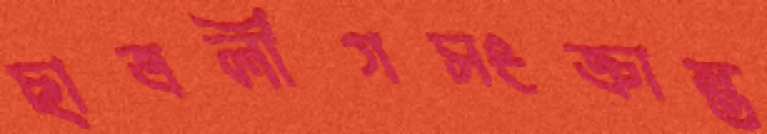
ছাত্রলীগসংক্রান্ত